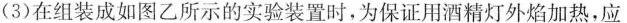
(3)在组装成如图乙所示的实验装置时，为保证用酒精灯外焰加热，应